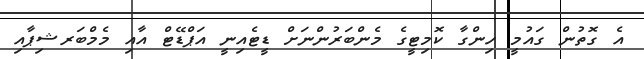
އެ ގޮތުން ގައުމީ ހިންގާ ކޮމިޓީގެ މެންބަރުންނަށް ޑީޓެއިނީ އަޕްޑޭޓް އާއި މެމްބަރޝިޕާއި